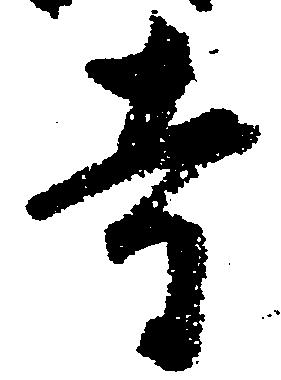
寺